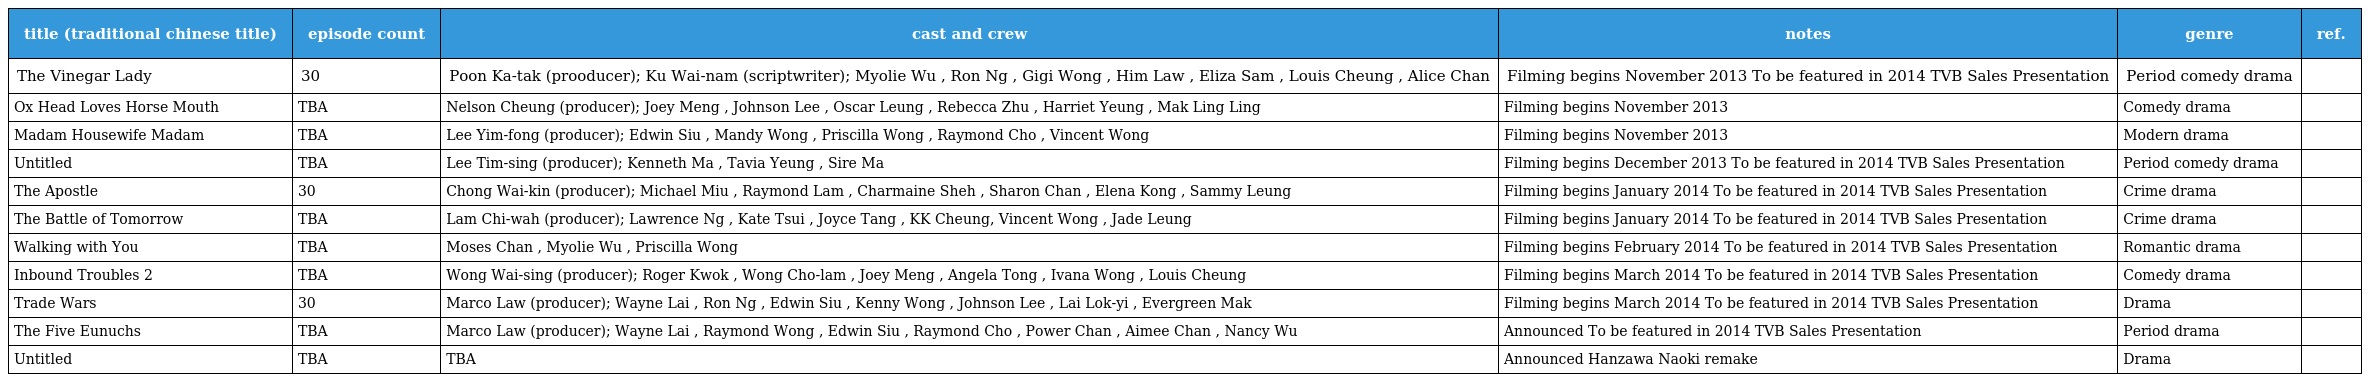
| title (traditional chinese title) | episode count | cast and crew | notes | genre | ref. |
 | --- | --- | --- | --- | --- | --- |
 | The Vinegar Lady 醋娘子 | 30 | Poon Ka-tak (prooducer); Ku Wai-nam (scriptwriter); Myolie Wu , Ron Ng , Gigi Wong , Him Law , Eliza Sam , Louis Cheung , Alice Chan | Filming begins November 2013 To be featured in 2014 TVB Sales Presentation | Period comedy drama |  |
 | Ox Head Loves Horse Mouth 牛頭愛搭馬嘴 | TBA | Nelson Cheung (producer); Joey Meng , Johnson Lee , Oscar Leung , Rebecca Zhu , Harriet Yeung , Mak Ling Ling | Filming begins November 2013 | Comedy drama |  |
 | Madam Housewife 師奶Madam | TBA | Lee Yim-fong (producer); Edwin Siu , Mandy Wong , Priscilla Wong , Raymond Cho , Vincent Wong | Filming begins November 2013 | Modern drama |  |
 | Untitled | TBA | Lee Tim-sing (producer); Kenneth Ma , Tavia Yeung , Sire Ma | Filming begins December 2013 To be featured in 2014 TVB Sales Presentation | Period comedy drama |  |
 | The Apostle 使徒行者 | 30 | Chong Wai-kin (producer); Michael Miu , Raymond Lam , Charmaine Sheh , Sharon Chan , Elena Kong , Sammy Leung | Filming begins January 2014 To be featured in 2014 TVB Sales Presentation | Crime drama |  |
 | The Battle of Tomorrow 再戰明天 | TBA | Lam Chi-wah (producer); Lawrence Ng , Kate Tsui , Joyce Tang , KK Cheung, Vincent Wong , Jade Leung | Filming begins January 2014 To be featured in 2014 TVB Sales Presentation | Crime drama |  |
 | Walking with You 陪着你走 | TBA | Moses Chan , Myolie Wu , Priscilla Wong | Filming begins February 2014 To be featured in 2014 TVB Sales Presentation | Romantic drama |  |
 | Inbound Troubles 2 老表，唔係呀嘛 | TBA | Wong Wai-sing (producer); Roger Kwok , Wong Cho-lam , Joey Meng , Angela Tong , Ivana Wong , Louis Cheung | Filming begins March 2014 To be featured in 2014 TVB Sales Presentation | Comedy drama |  |
 | Trade Wars 殤戰 | 30 | Marco Law (producer); Wayne Lai , Ron Ng , Edwin Siu , Kenny Wong , Johnson Lee , Lai Lok-yi , Evergreen Mak | Filming begins March 2014 To be featured in 2014 TVB Sales Presentation | Drama |  |
 | The Five Eunuchs 太監五虎 | TBA | Marco Law (producer); Wayne Lai , Raymond Wong , Edwin Siu , Raymond Cho , Power Chan , Aimee Chan , Nancy Wu | Announced To be featured in 2014 TVB Sales Presentation | Period drama |  |
 | Untitled | TBA | TBA | Announced Hanzawa Naoki remake | Drama |  |